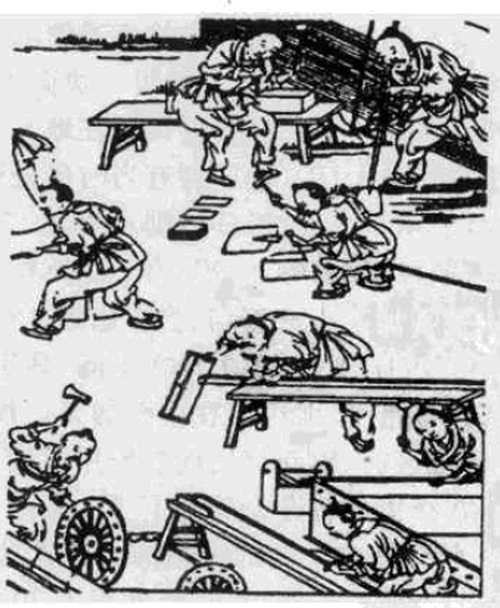
故百工从事，皆有法所度。今大者治天下，其次治大国，而无法所度，此不若百工辩也。